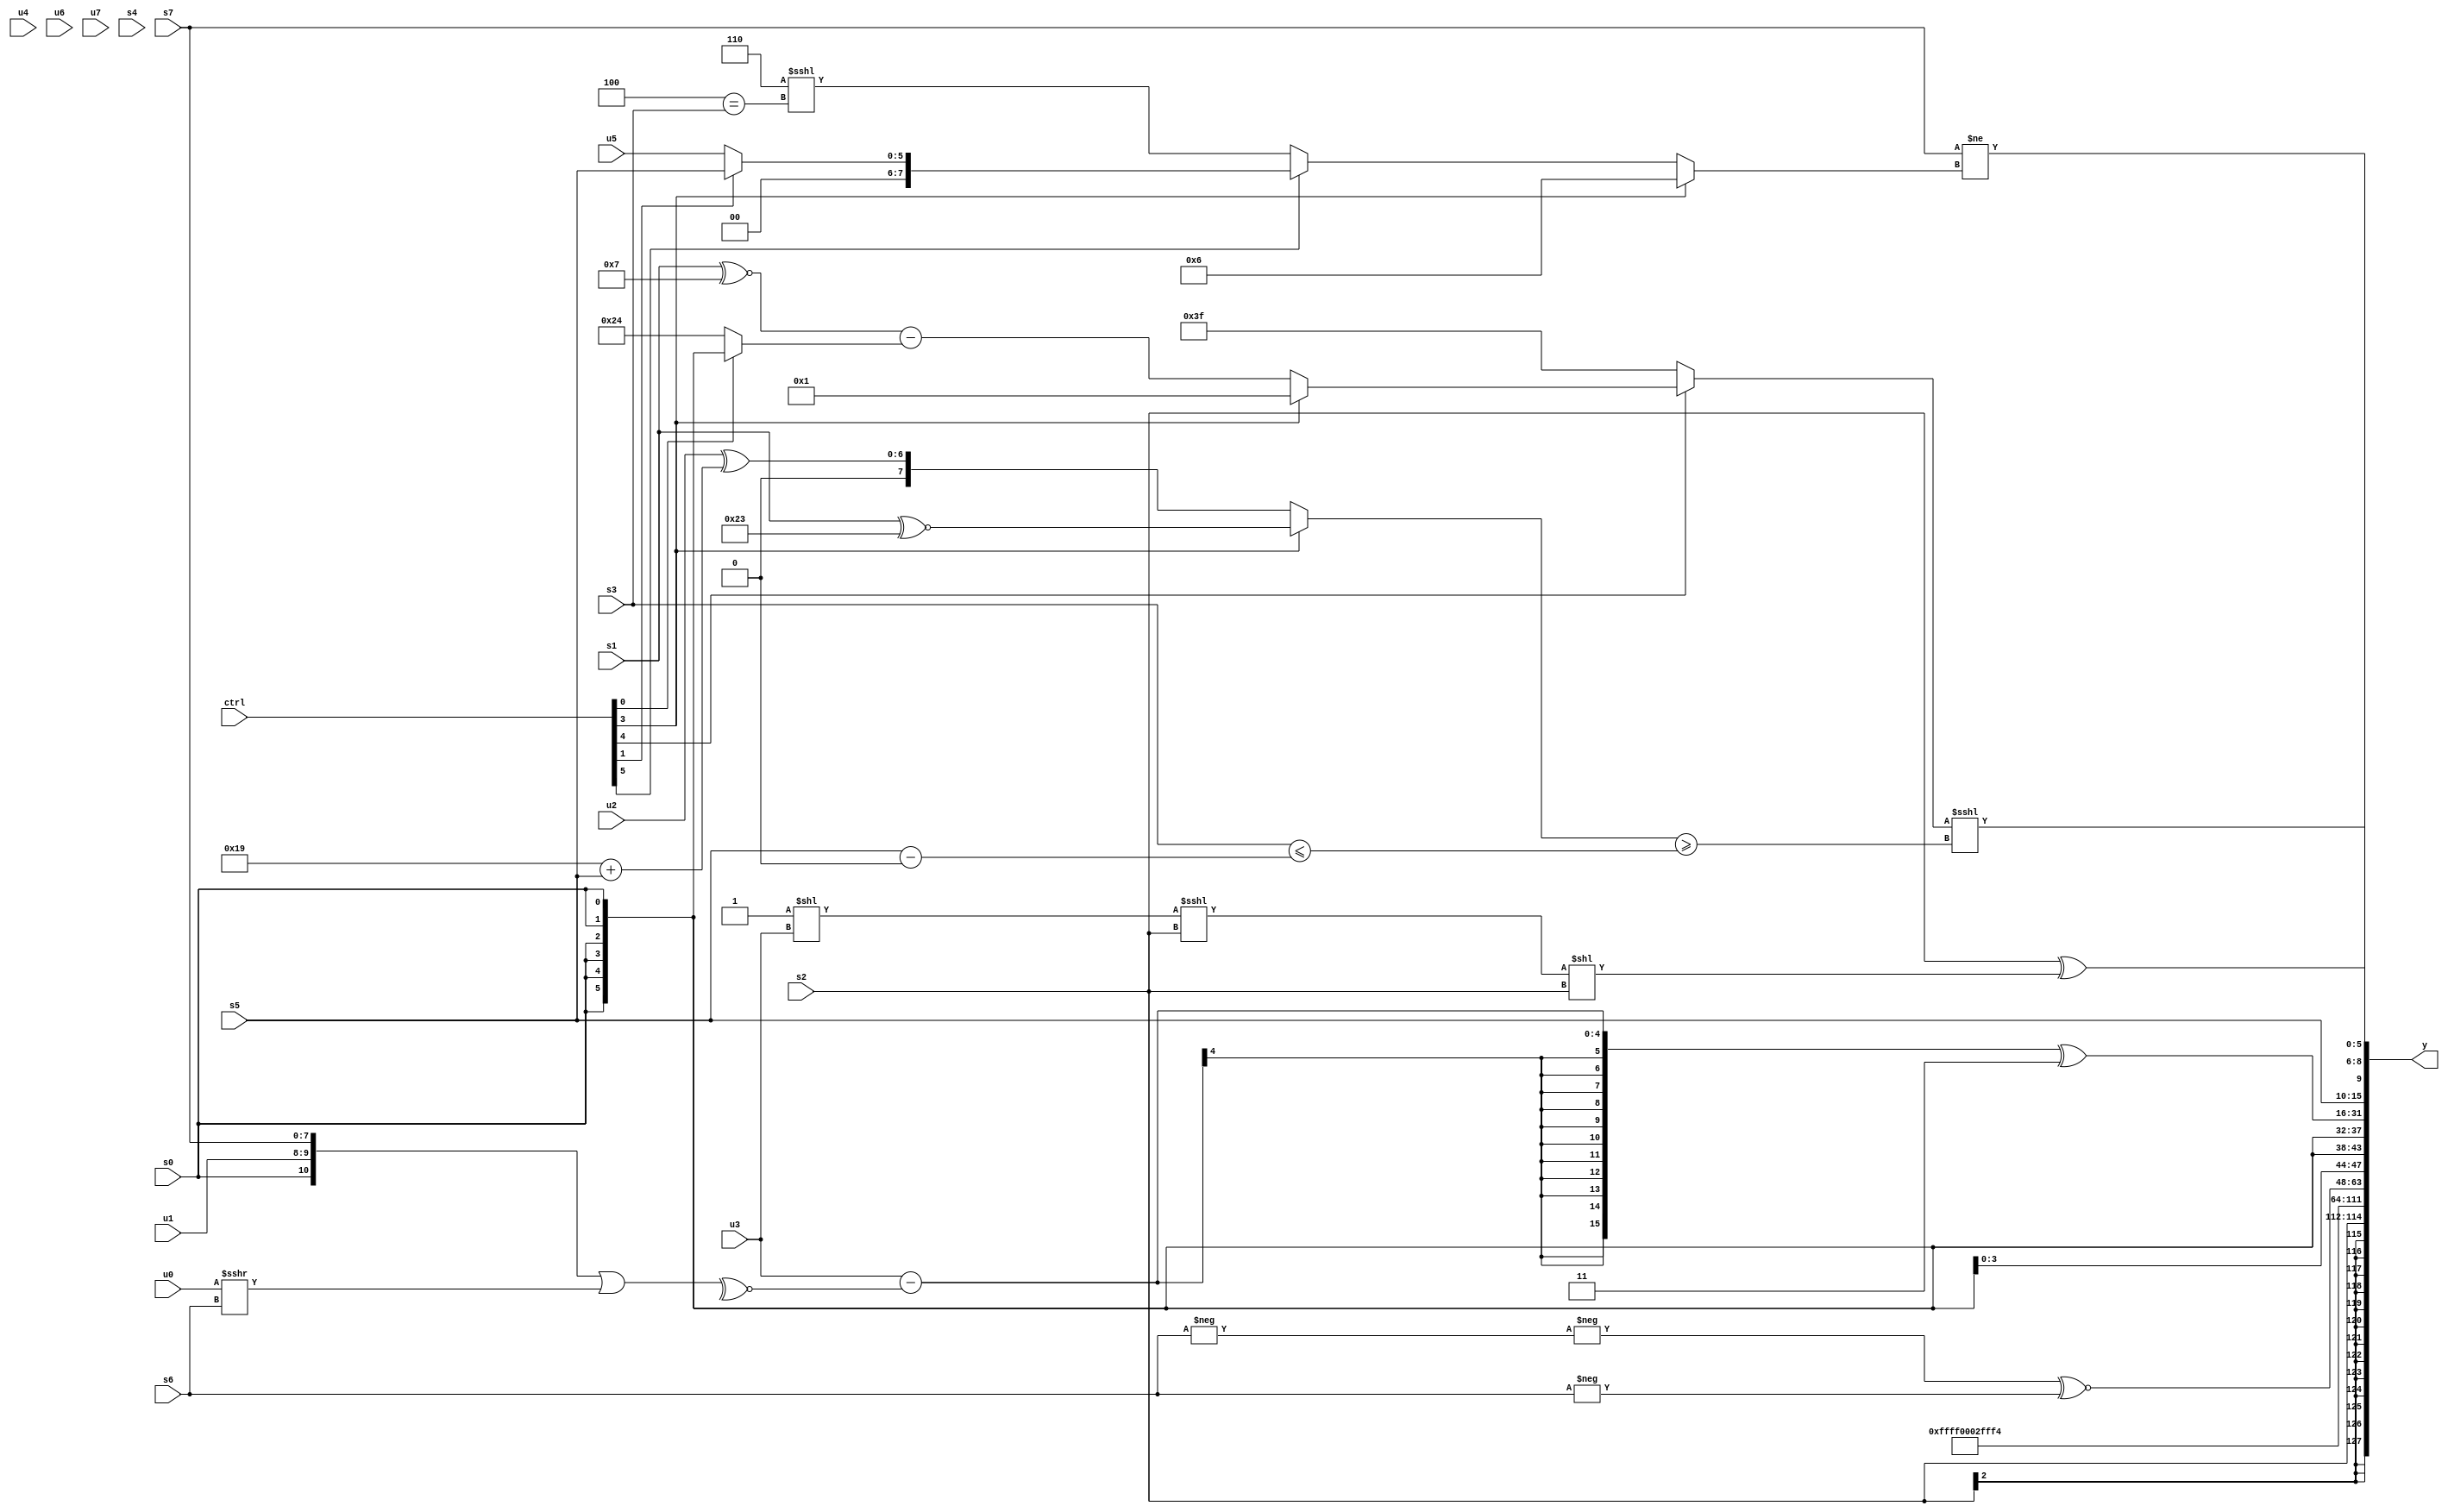
module wideexpr_00698(ctrl, u0, u1, u2, u3, u4, u5, u6, u7, s0, s1, s2, s3, s4, s5, s6, s7, y);
  input [7:0] ctrl;
  input [0:0] u0;
  input [1:0] u1;
  input [2:0] u2;
  input [3:0] u3;
  input [4:0] u4;
  input [5:0] u5;
  input [6:0] u6;
  input [7:0] u7;
  input signed [0:0] s0;
  input signed [1:0] s1;
  input signed [2:0] s2;
  input signed [3:0] s3;
  input signed [4:0] s4;
  input signed [5:0] s5;
  input signed [6:0] s6;
  input signed [7:0] s7;
  output [127:0] y;
  wire [15:0] y0;
  wire [15:0] y1;
  wire [15:0] y2;
  wire [15:0] y3;
  wire [15:0] y4;
  wire [15:0] y5;
  wire [15:0] y6;
  wire [15:0] y7;
  assign y = {y0,y1,y2,y3,y4,y5,y6,y7};
  assign y0 = s2;
  assign y1 = $signed($signed((^(2'sb00))!=(((5'sb10110)|(4'sb0001))>>((4'b0101)^(3'sb100)))));
  assign y2 = 6'sb000010;
  assign y3 = 5'sb10100;
  assign y4 = ($signed(-(-(s6))))^~(-(s6));
  assign y5 = s0;
  assign y6 = ((u3)-(~^(({s0,u1,s7})|((u0)>>>(s6)))))^({1{6'b000011}});
  assign y7 = {((((s3)&(+($unsigned(u7))))<<<((ctrl[5]?((s3)&(3'sb111))>>>(s2):(ctrl[7]?$signed(s0):(2'sb00)>>(s0)))))>>((ctrl[3]?s0:4'sb1101)))<<(((+(u6))<<<($signed((6'b010011)>>>(s4))))>>((s3)<=($signed((s0)^((6'sb110111)>>>(2'sb01)))))),$signed(((-((3'sb101)|((s3)-(4'sb0011))))^(+(1'sb1)))^(((ctrl[2]?(ctrl[6]?-(4'sb0000):s2):3'sb011))^~(($signed(2'b11))>>((s3)<((3'sb100)^(3'sb011)))))),s5,{(s7)!=((ctrl[3]?$signed(4'sb0110):(ctrl[5]?(ctrl[1]?+(s5):+(u5)):(+(5'b00110))<<<((4'b0100)==(s3))))),(s2)^(((($signed(3'sb111))<<(u3))<<<(s2))<<(s2)),((ctrl[4]?(ctrl[3]?2'sb01:((s1)^~(4'sb0111))-((ctrl[0]?s0:6'sb100100))):3'sb111))<<<(((ctrl[3]?(ctrl[3]?(s1)^~(6'sb100011):s7):(+(u2))^((5'sb11001)+(s5))))>=($signed((s3)<=((s5)-(2'sb00)))))}};
endmodule